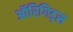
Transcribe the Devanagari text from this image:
ऑरिगिड्स